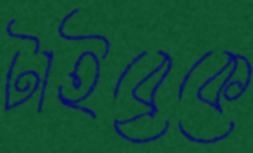
টাইব্রেকে